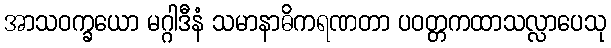
အာသဝက္ခယော မဂ္ဂါဒီနံ သမာနာဓိကရဏတာ ပဝတ္တကထာသလ္လာပေသု